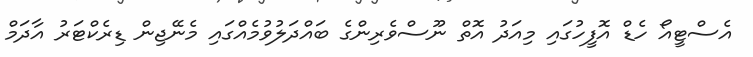
އެސްޓީއޯ ހެޑް އޮފީހުގައި މިއަދު އޮތް ނޫސްވެރިންގެ ބައްދަލުވުމެއްގައި މެނޭޖިން ޑިރެކްޓަރު އާދަމް